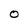
Character: O